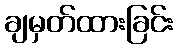
ချမှတ်ထားခြင်း